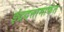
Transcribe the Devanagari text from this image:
इंद्रदत्तामार्फत